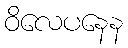
ဝိလေပနေန